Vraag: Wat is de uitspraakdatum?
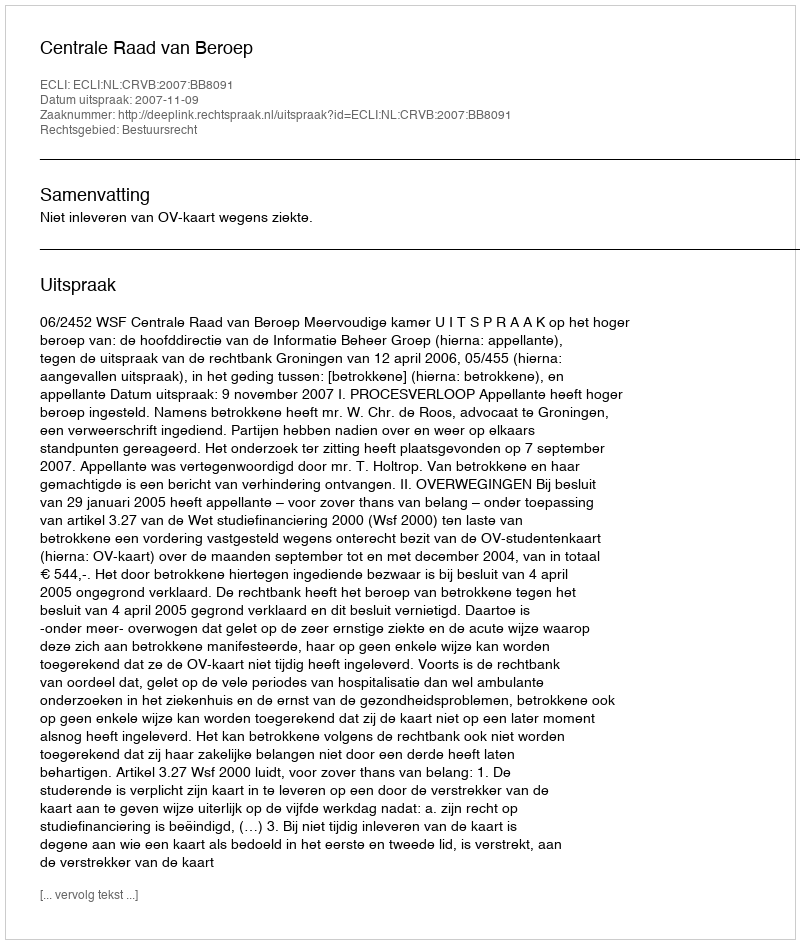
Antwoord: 2007-11-09